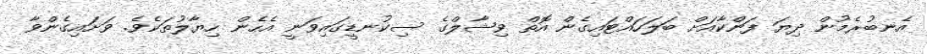
އެނބުރެމުން ދިޔަ ފަންކާއަށް ބަލަހައްޓައިގެން އޮތް ވިޝާލްގެ ސިކުނޑީގައިވަނީ އެހެން ހިޔާލުތަކެވެ. ވަށައިގެންވާ